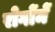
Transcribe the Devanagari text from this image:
रोगोंमें